画像に写った文字を読んでください
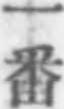
「一番」と書いてあります